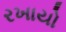
રખાયો